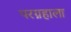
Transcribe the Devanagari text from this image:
परग्रहाला